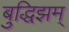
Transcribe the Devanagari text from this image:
बुद्धिझम्